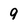
Character: 9